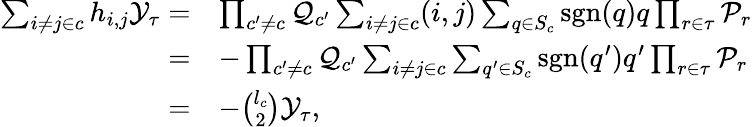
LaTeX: \begin{array}{rl}{\sum_{i\ne j\in c}h_{i,j}\mathcal{Y}_{\tau}=}&{\prod_{c^{\prime}\ne c}\mathcal{Q}_{c^{\prime}}\sum_{i\ne j\in c}(i,j)\sum_{q\in S_{c}}\mathrm{sgn}(q)q\prod_{r\in\tau}\mathcal{P}_{r}}\\ {=}&{-\prod_{c^{\prime}\ne c}\mathcal{Q}_{c^{\prime}}\sum_{i\ne j\in c}\sum_{q^{\prime}\in S_{c}}\mathrm{sgn}(q^{\prime})q^{\prime}\prod_{r\in\tau}\mathcal{P}_{r}}\\ {=}&{-\binom{l_{c}}{2}\mathcal{Y}_{\tau},}\end{array}